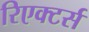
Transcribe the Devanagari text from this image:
रिएक्टर्स